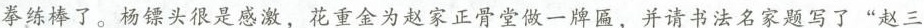
拳练棒了。杨镖头很是感激，花重金为赵家正骨堂做一牌匾，并请书法名家题写了”赵三